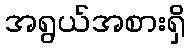
အရွယ်အစားရှိ